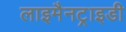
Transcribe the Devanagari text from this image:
लाइमैनट्राइडी